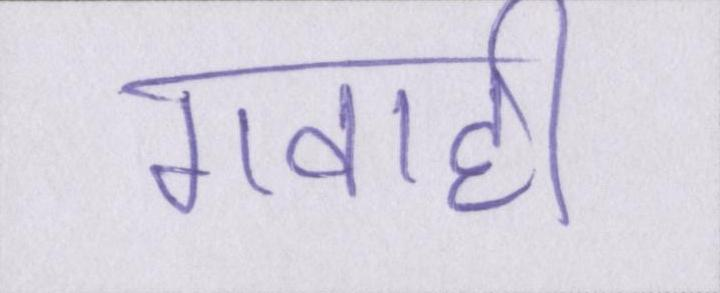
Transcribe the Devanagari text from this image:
गवाही